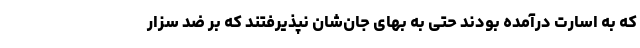
که به اسارت درآمده بودند حتی به بهای جان‌شان نپذیرفتند که بر ضد سزار